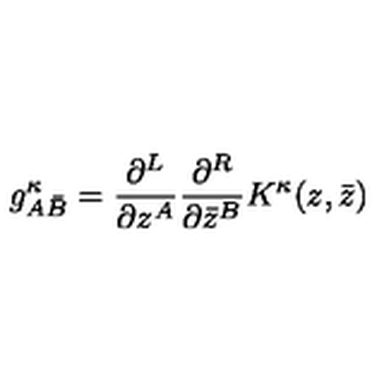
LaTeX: g _ { A { \bar { B } } } ^ { \kappa } = \frac { \partial ^ { L } } { \partial z ^ { A } } \frac { \partial ^ { R } } { \partial { \bar { z } } ^ { B } } K ^ { \kappa } ( z , { \bar { z } } )